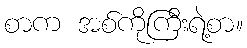
စာက အစ်ကိုကြီးရဲ့စာ။